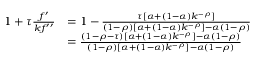
{ \begin{array} { r l } { 1 + \tau { \frac { f ^ { \prime } } { k f ^ { \prime \prime } } } } & { = 1 - { \frac { \tau [ \alpha + ( 1 - \alpha ) k ^ { - \rho } ] } { ( 1 - \rho ) [ \alpha + ( 1 - \alpha ) k ^ { - \rho } ] - \alpha ( 1 - \rho ) } } } \\ & { = { \frac { ( 1 - \rho - \tau ) [ \alpha + ( 1 - \alpha ) k ^ { - \rho } ] - \alpha ( 1 - \rho ) } { ( 1 - \rho ) [ \alpha + ( 1 - \alpha ) k ^ { - \rho } ] - \alpha ( 1 - \rho ) } } } \end{array} }